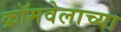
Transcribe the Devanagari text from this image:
क्रॉमवेलाच्या